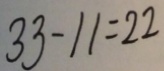
3 3 - 1 1 = 2 2